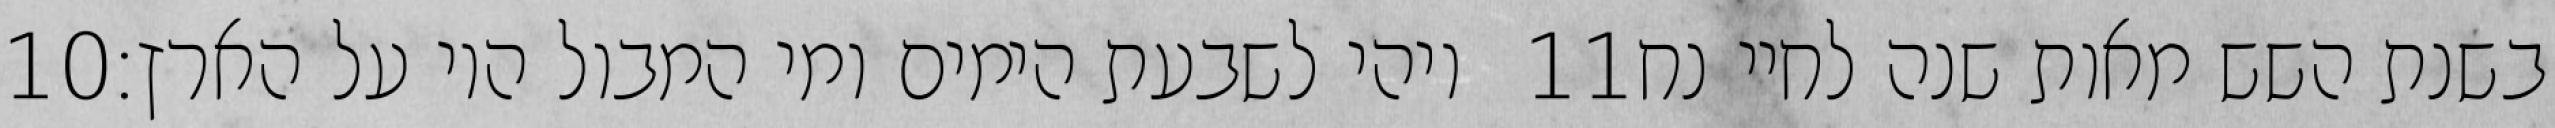
‎10‏ ויהי לשבעת הימים ומי המבול היו על הארץ׃ ‎11‏ בשנת השש מאות שנה לחיי נח